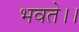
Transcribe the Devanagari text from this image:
भवते।।